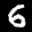
Label: 6